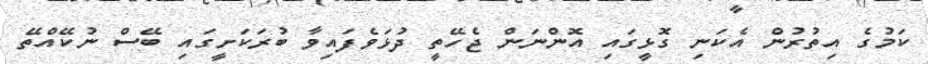
ކަމުގެ އިތުރުން އެކަނި ގޮޅީގައި އޮންނަން ޖެހޭތީ ދުޅަވެފައިވާ ބުރަކަށީގައި ބޭސް ނުކޭއްތޭ